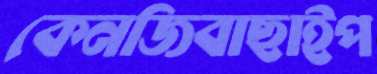
কেনজিবাছাইপ